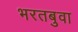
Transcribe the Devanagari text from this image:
भरतबुवा